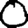
Digit: 0